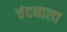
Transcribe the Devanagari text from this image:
चंदनाला